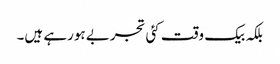
بلکہ بیک وقت کئی تجربے ہورہے ہیں۔